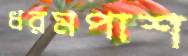
ধরমপাশ